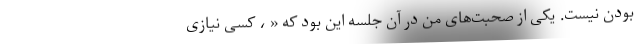
بودن نیست. یکی از صحبت‌های من در آن جلسه این بود که « ، کسی نیازی